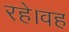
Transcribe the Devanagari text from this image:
रहे।वह